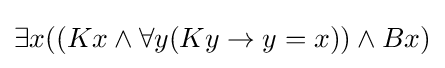
\exists x((Kx\land \forall y(Ky\rightarrow y=x))\land Bx)